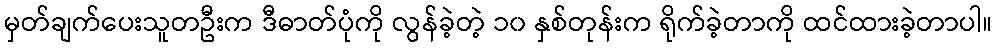
မှတ်ချက်ပေးသူတဦးက ဒီဓာတ်ပုံကို လွန်ခဲ့တဲ့ ၁၀ နှစ်တုန်းက ရိုက်ခဲ့တာကို ထင်ထားခဲ့တာပါ။